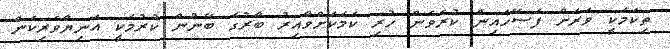
ތިކަމަކީ ވަރަށް ފަސޭހައިން ކުރެވެން ހުރި ކަމަކަށްވާއިރު ބާރުގެ ބޭނުން ކުރުމަކީ އަނިޔާވެރިކަން